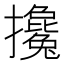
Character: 攙